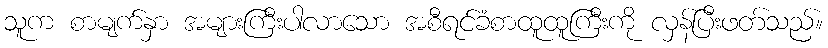
သူက စာမျက်နှာ အများကြီးပါလာသော အစီရင်ခံစာထူထူကြီးကို လှန်ပြီးဖတ်သည်။